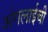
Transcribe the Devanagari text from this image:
अंगलाईची